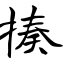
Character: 揍